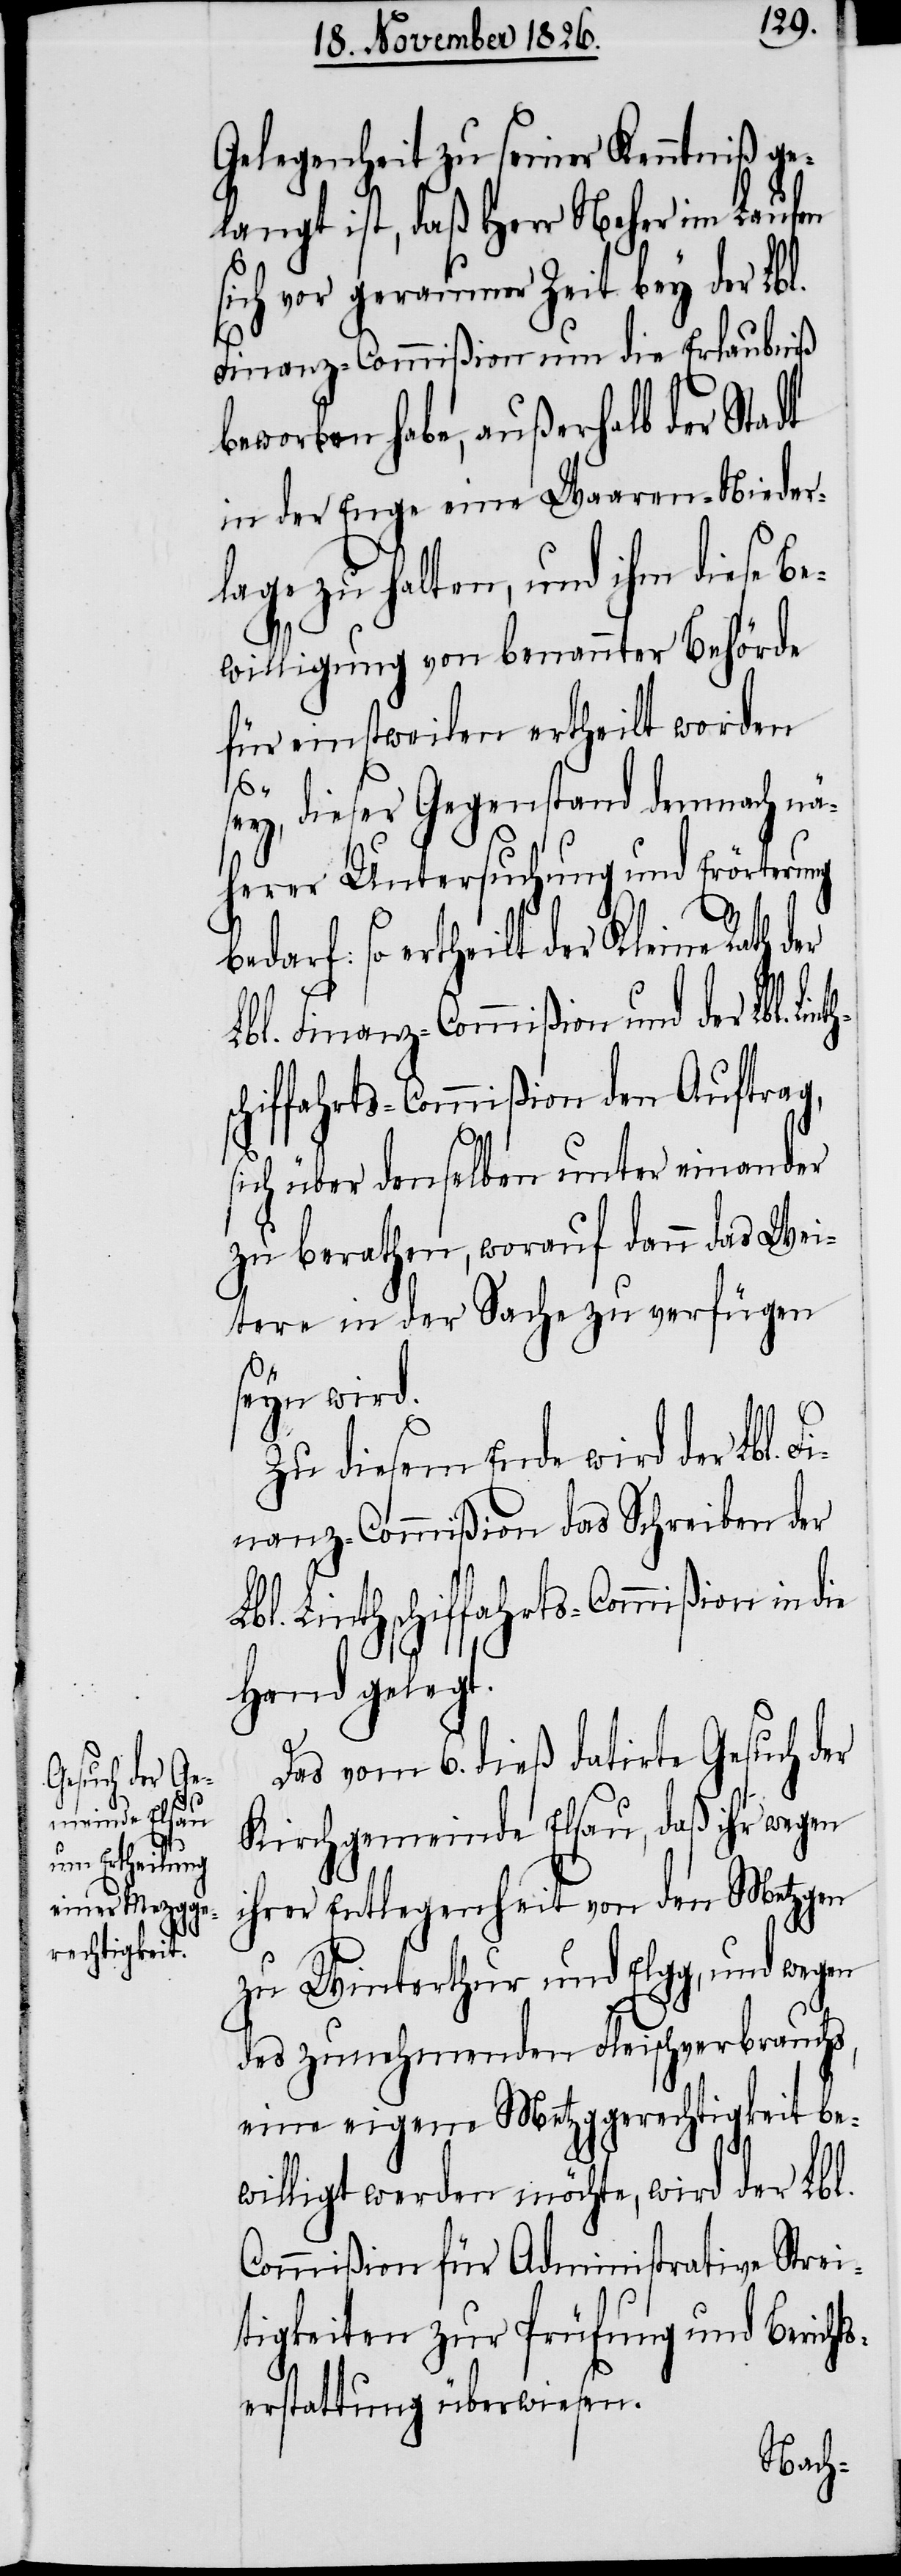
Gelegenheit zu seiner Kenntniß ge¬
langt ist, daß Herr Neher im Laufen
sich vor geraumer Zeit bey der Lbl.
Finanz-Commißion um die Erlaubniß
beworben habe, außerhalb der Stadt
in der Enge eine Waaren-Nieder¬
lage zu halten, und ihm diese Be¬
willigung von benannter Behörde
für einstweilen ertheilt worden
inths¬
sey, dieser Gegenstand demnach nä¬
herer Untersuchung und Erörterung
bedarf: so ertheilt der Kleine Rath
Lbl. Finanz-Commißion und der Lbl. L¬
chiffahrts-Commißion den Auftrag,
sich über denselben unter einander
zu berathen worauf dann das Wei¬
tere in der Sache zu verfügen
seyn wird.
Zu diesem Ende wird der Lbl.
Finanz-Commißion das Schreiben der
Lbl. Linthschiffahrts-Commißion in die
Hand gelegt.
Das vom 6. dieß datirte Gesuch de¬
r Gemeinde Elsau, daß ihr wegen
ihrer Entlegenheit von den Metzgen
zu Winterthur und Elgg, und wegen
des zunehmenden Fleischverbrauchs,
eine eigene Metzggerechtigkeit be¬
willigt werden möchte, wird der Lbl.
Commißion für Administrative Strei¬
tigkeiten zur Prüfung und Berichts¬
erstattung überwiesen.